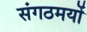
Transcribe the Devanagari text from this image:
संगठमयों